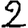
Digit: 2